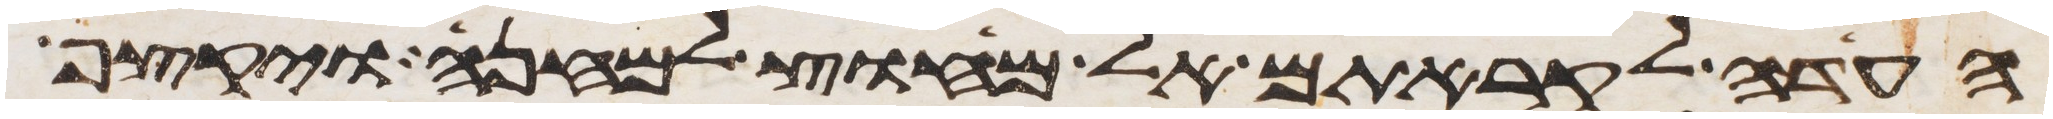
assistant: העדה לקראתם אל מחוץ למחנה ויקצף